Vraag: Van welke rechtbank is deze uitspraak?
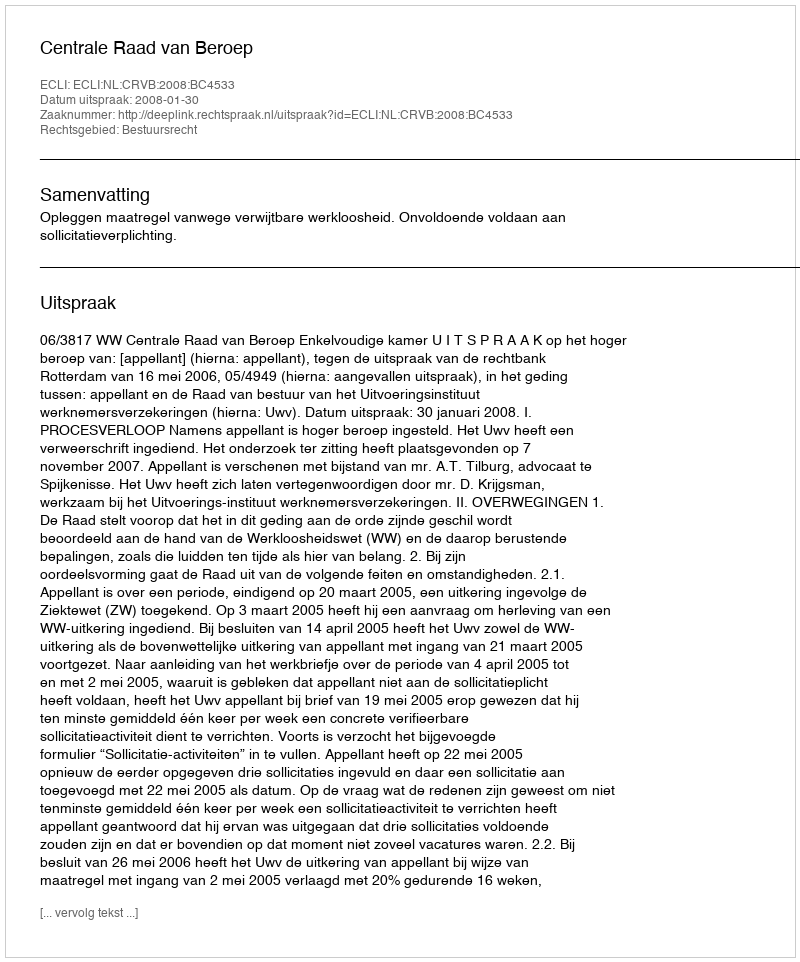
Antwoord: Centrale Raad van Beroep